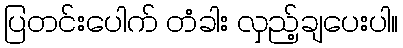
ပြတင်းပေါက် တံခါး လှည့်ချပေးပါ။